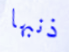
ذنبها